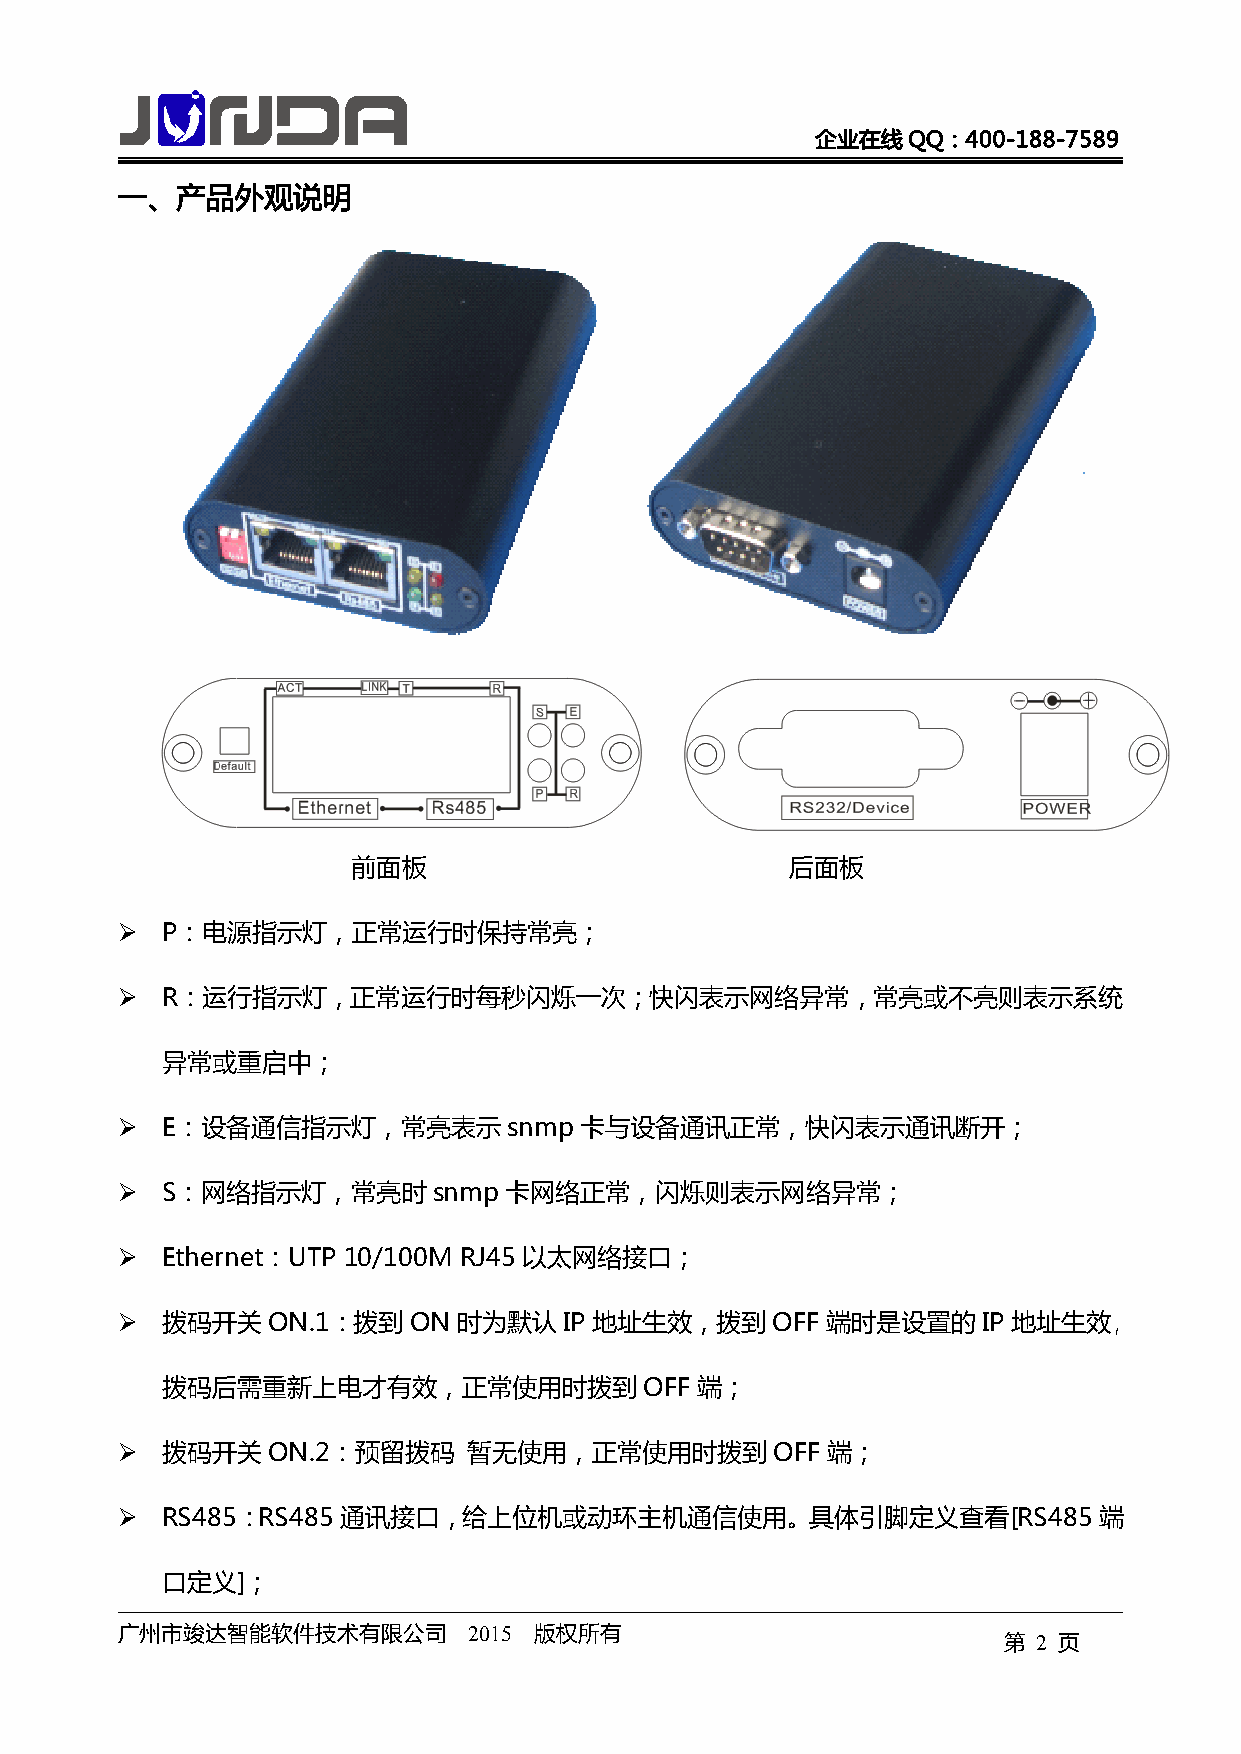
企业在线QQ：400-188-7589
 一、产品外观说明
 前面板                          后面板
 �  P：电源指示灯，正常运行时保持常亮；
 �  R：运行指示灯，正常运行时每秒闪烁一次；快闪表示网络异常，常亮或不亮则表示系统
 异常或重启中；
 �  E：设备通信指示灯，常亮表示snmp         卡与设备通讯正常，快闪表示通讯断开；
 �  S：网络指示灯，常亮时snmp卡网络正常，闪烁则表示网络异常；
 �  Ethernet：UTP 10/100M RJ45 以太网络接口；
 �  拨码开关ON.1：拨到ON      时为默认IP   地址生效，拨到OFF      端时是设置的    IP 地址生效，
 拨码后需重新上电才有效，正常使用时拨到OFF             端；
 �  拨码开关ON.2：预留拨码       暂无使用，正常使用时拨到OFF         端；
 �  RS485：RS485 通讯接口，给上位机或动环主机通信使用。具体引脚定义查看[RS485端
 口定义]；
 广州市竣达智能软件技术有限公司        2015 版权所有
 第  2 页